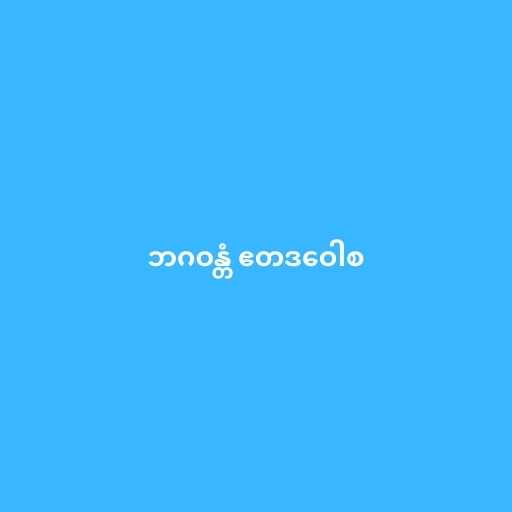
ဘဂဝန္တံ ဧတဒဝေါစ